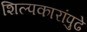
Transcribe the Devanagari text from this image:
शिल्पकारांपुढे